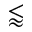
\lessapprox